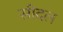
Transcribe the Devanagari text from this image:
सीदल